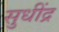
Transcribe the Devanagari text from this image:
सुधींद्र